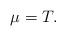
LaTeX: \begin{align*}\mu=T. \end{align*}